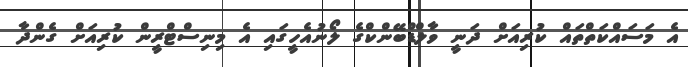
އެ މަސައްކަތްތައް ކުރިއަށް ދަނީ ވާލްޑްބޭންކްގެ ލޯނުއެހީގައި އެ މިނިސްޓްރީން ކުރިއަށް ގެންދާ